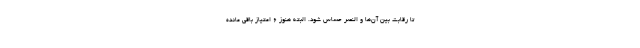
تا رقابت بین آن‌ها و النصر حساس شود. البته هنوز 6 امتیاز باقی مانده